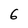
Character: 6